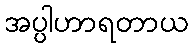
အပ္ပါဟာရတာယ